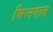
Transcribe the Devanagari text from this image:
भिन्‍नमाल